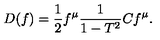
D ( f ) = \frac { 1 } { 2 } f ^ { \mu } \frac { 1 } { 1 - T ^ { 2 } } C f ^ { \mu } .